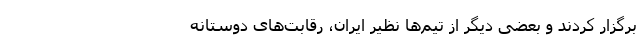
برگزار کردند و بعضی دیگر از تیم‌ها نظیر ایران، رقابت‌های دوستانه